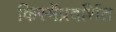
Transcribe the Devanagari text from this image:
किस्मेंप्रदर्शित